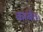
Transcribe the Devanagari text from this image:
कार्यतः